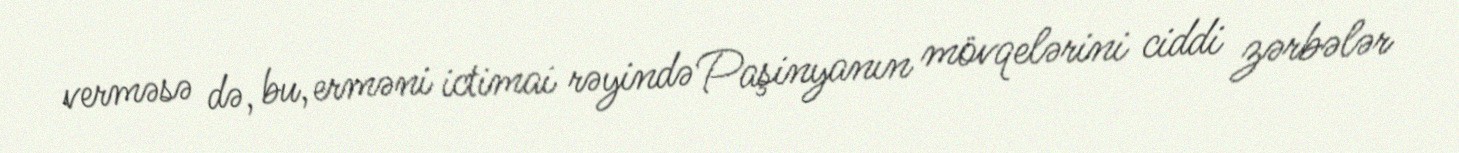
verməsə də, bu, erməni ictimai rəyində Paşinyanın mövqelərini ciddi zərbələr